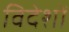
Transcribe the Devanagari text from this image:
विदेशोँ